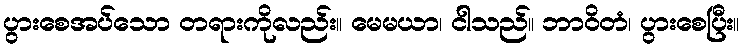
ပွားစေအပ်သော တရားကိုလည်း။ မေမယာ၊ ငါသည်။ ဘာဝိတံ၊ ပွားစေပြီး။